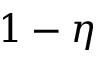
1 - \eta